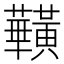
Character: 𪏥